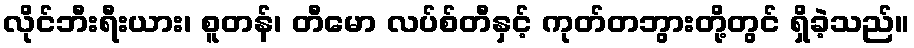
လိုင်ဘီးရီးယား၊ စူတန်၊ တီမော လပ်စ်တီနှင့် ကုတ်တဘွားတို့တွင် ရှိခဲ့သည်။